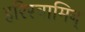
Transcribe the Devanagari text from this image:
हरिस्वामिन्